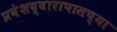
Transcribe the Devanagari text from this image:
प्रवेशद्वारापासच्या